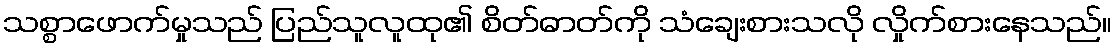
သစ္စာဖောက်မှုသည် ပြည်သူလူထု၏ စိတ်ဓာတ်ကို သံချေးစားသလို လှိုက်စားနေသည်။